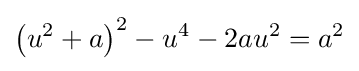
\left(u^{2}+a\right)^{2}-u^{4}-2au^{2}=a^{2}